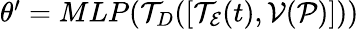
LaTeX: \begin{array}{r}{\theta^{\prime}=MLP(\mathcal{T}_{D}([\mathcal{T}_{\mathcal{E}}(t),\mathcal{V}(\mathcal{P})]))}\end{array}